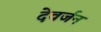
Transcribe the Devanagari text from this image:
देवर्जन